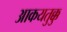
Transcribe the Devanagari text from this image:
आकयतुक्कु